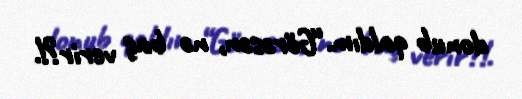
donub qaldım.“Görəsən, nə baş verir?!.